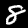
Label: 8